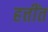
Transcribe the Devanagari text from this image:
हत्तींत